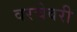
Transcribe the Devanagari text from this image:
वरचेवरी